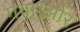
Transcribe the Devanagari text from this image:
गया।और